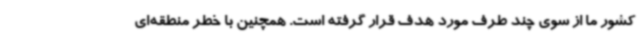
کشور ما از سوی چند طرف مورد هدف قرار گرفته است. همچنین با خطر منطقه‌ای